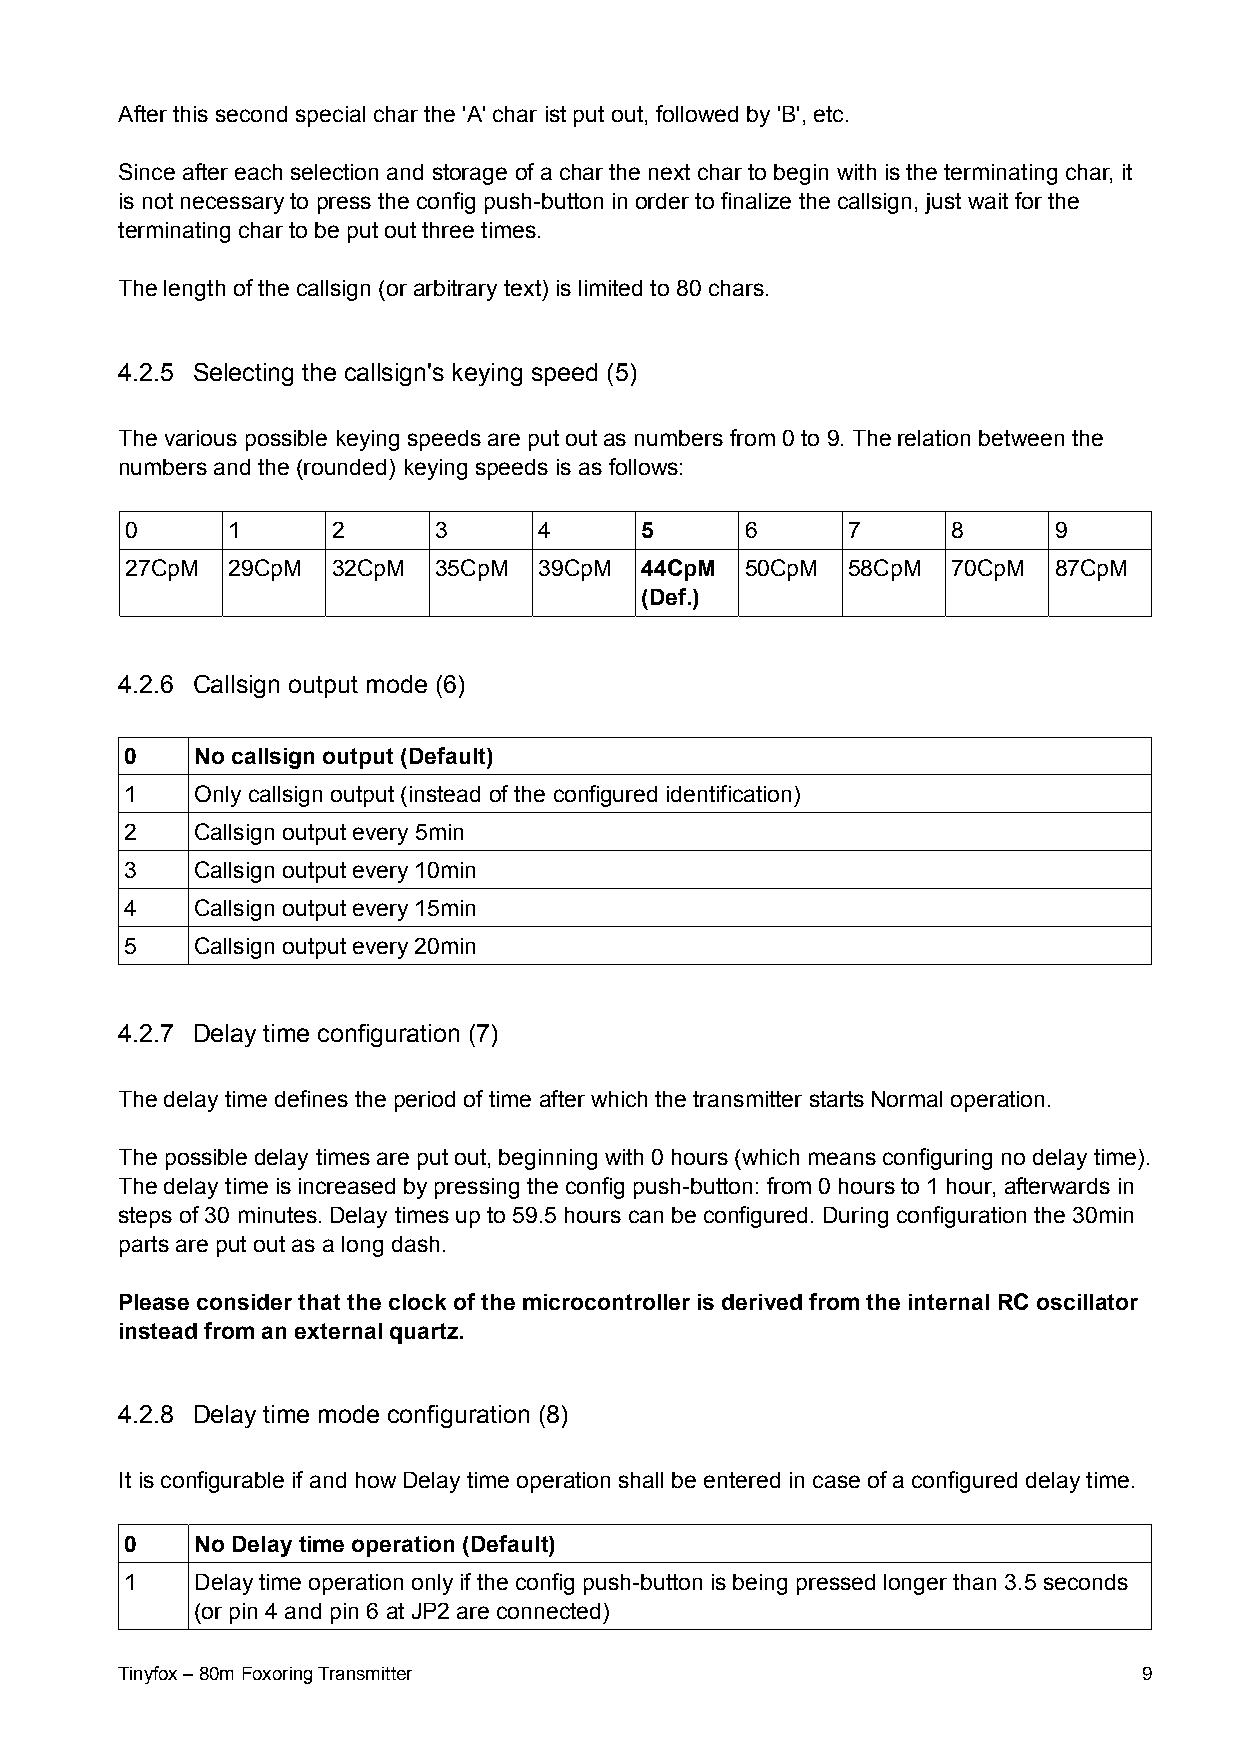
After this second special char the 'A' char ist put out, followed by 'B', etc.
 Since after each selection and storage of a char the next char to begin with is the terminating char, it
 is not necessary to press the config push-button in order to finalize the callsign, just wait for the
 terminating char to be put out three times.
 The length of the callsign (or arbitrary text) is limited to 80 chars.
 4.2.5 Selecting the callsign's keying speed (5)
 The various possible keying speeds are put out as numbers from 0 to 9. The relation between the
 numbers and the (rounded) keying speeds is as follows:
 0      1      2      3      4     5      6      7      8      9
 27CpM  29CpM  32CpM  35CpM  39CpM 44CpM  50CpM  58CpM  70CpM  87CpM
 (Def.)
 4.2.6 Callsign output mode (6)
 0    No callsign output (Default)
 1    Only callsign output (instead of the configured identification)
 2    Callsign output every 5min
 3    Callsign output every 10min
 4    Callsign output every 15min
 5    Callsign output every 20min
 4.2.7 Delay time configuration (7)
 The delay time defines the period of time after which the transmitter starts Normal operation.
 The possible delay times are put out, beginning with 0 hours (which means configuring no delay time).
 The delay time is increased by pressing the config push-button: from 0 hours to 1 hour, afterwards in
 steps of 30 minutes. Delay times up to 59.5 hours can be configured. During configuration the 30min
 parts are put out as a long dash.
 Please consider that the clock of the microcontroller is derived from the internal RC oscillator
 instead from an external quartz.
 4.2.8 Delay time mode configuration (8)
 It is configurable if and how Delay time operation shall be entered in case of a configured delay time.
 0    No Delay time operation (Default)
 1    Delay time operation only if the config push-button is being pressed longer than 3.5 seconds
 (or pin 4 and pin 6 at JP2 are connected)
 Tinyfox – 80m Foxoring Transmitter                                  9